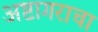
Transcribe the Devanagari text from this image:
अष्टागराचा